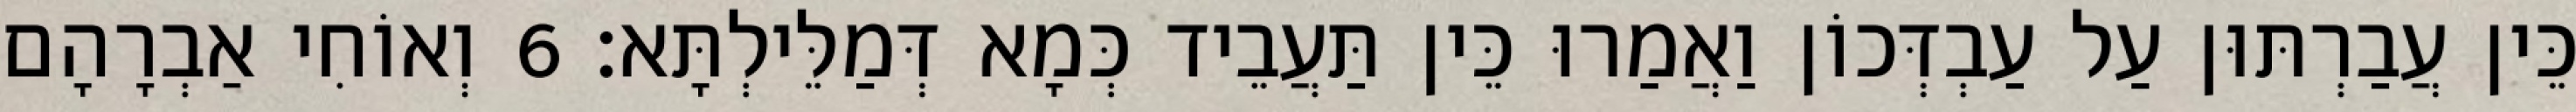
כֵּין עֲבַרְתּוּן עַל עַבְדְּכוֹן וַאֲמַרוּ כֵּין תַּעֲבֵיד כְּמָא דְּמַלֵּילְתָּא׃ 6 וְאוֹחִי אַבְרָהָם